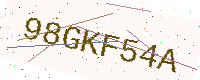
Text: 98GKF54A